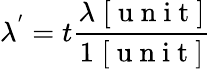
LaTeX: \lambda^{'}=t\frac{\lambda\; [\mathrm{~u~n~i~t~}]}{1\; [\mathrm{~u~n~i~t~}]}